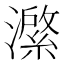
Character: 𭳆